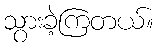
သွားခဲ့ကြတယ်။